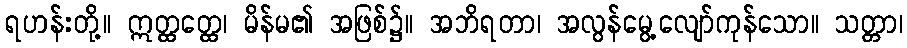
ရဟန်းတို့။ ဣတ္ထတ္ထေ၊ မိန်မ၏ အဖြစ်၌။ အဘိရတာ၊ အလွန်မွေ့လျော်ကုန်သော။ သတ္တာ၊